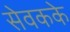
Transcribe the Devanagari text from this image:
सेवकके